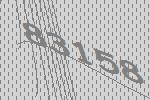
83158